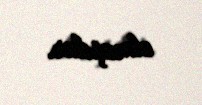
olmuşdur.